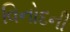
વિનોદની